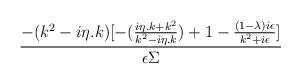
LaTeX: \begin{align*}\frac{-(k^{2}-i\eta .k)[-(\frac{i\eta .k+k^{2}}{k^{2}-i\eta .k})+1-\frac{(1-\lambda )i\epsilon }{k^{2}+i\epsilon }]}{\epsilon \Sigma }\end{align*}